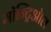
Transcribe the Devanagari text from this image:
मॉन्ट्रिऑल